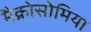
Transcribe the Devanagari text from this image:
मैक्रोसोमिया